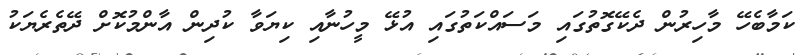
ކަމާބެހޭ މާހިރުން ދެކޭގޮތުގައި މަސައްކަތުގައި އުޅޭ މީހުނާއި ކިޔަވާ ކުދިން އާންމުކޮށް ދޭތެރެޔަކު